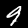
Digit: 9